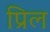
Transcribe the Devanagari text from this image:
प्रिल